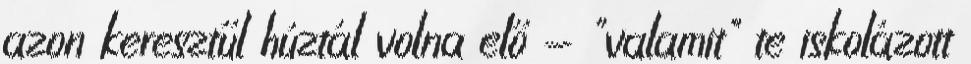
azon keresztűl húztál volna elő - "valamit" te iskolázott